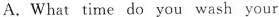
A.What time do you wash your A